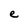
Character: e